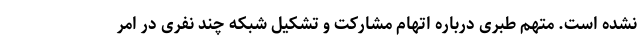
نشده است. متهم طبری درباره اتهام مشارکت و تشکیل شبکه چند نفری در امر